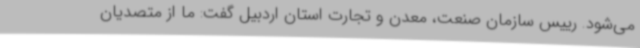
می‌شود. رییس سازمان صنعت، معدن و تجارت استان اردبیل گفت: ما از متصدیان